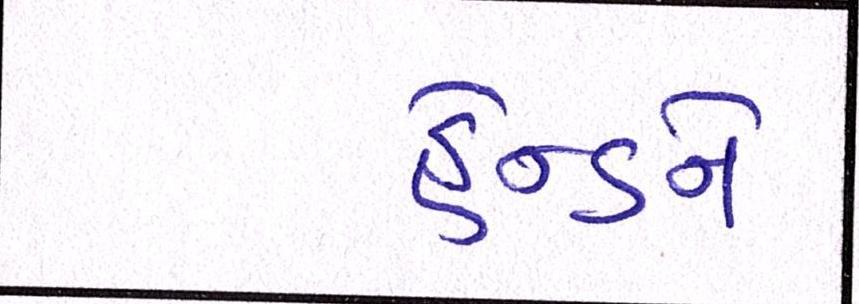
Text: ફ્રેન્ડને